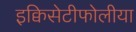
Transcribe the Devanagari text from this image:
इक्विसेटीफोलीया